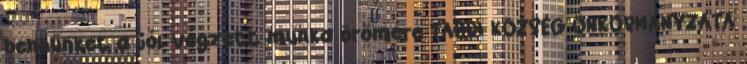
bennünket a jól végzett munka örömére TABDI KÖZSÉG ÖNKORMÁNYZATA